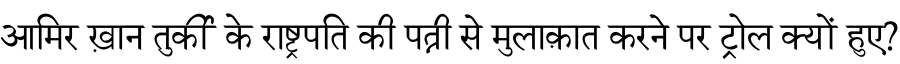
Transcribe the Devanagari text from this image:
आमिर ख़ान तुर्की के राष्ट्रपति की पत्नी से मुलाक़ात करने पर ट्रोल क्यों हुए?